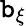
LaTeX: \mathtt{b}_{\xi}